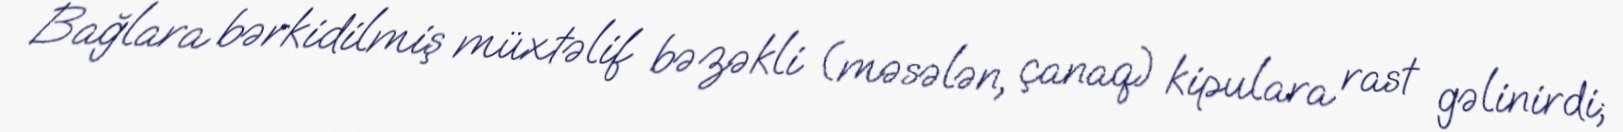
Bağlara bərkidilmiş müxtəlif bəzəkli (məsələn, çanaq) kipulara rast gəlinirdi;